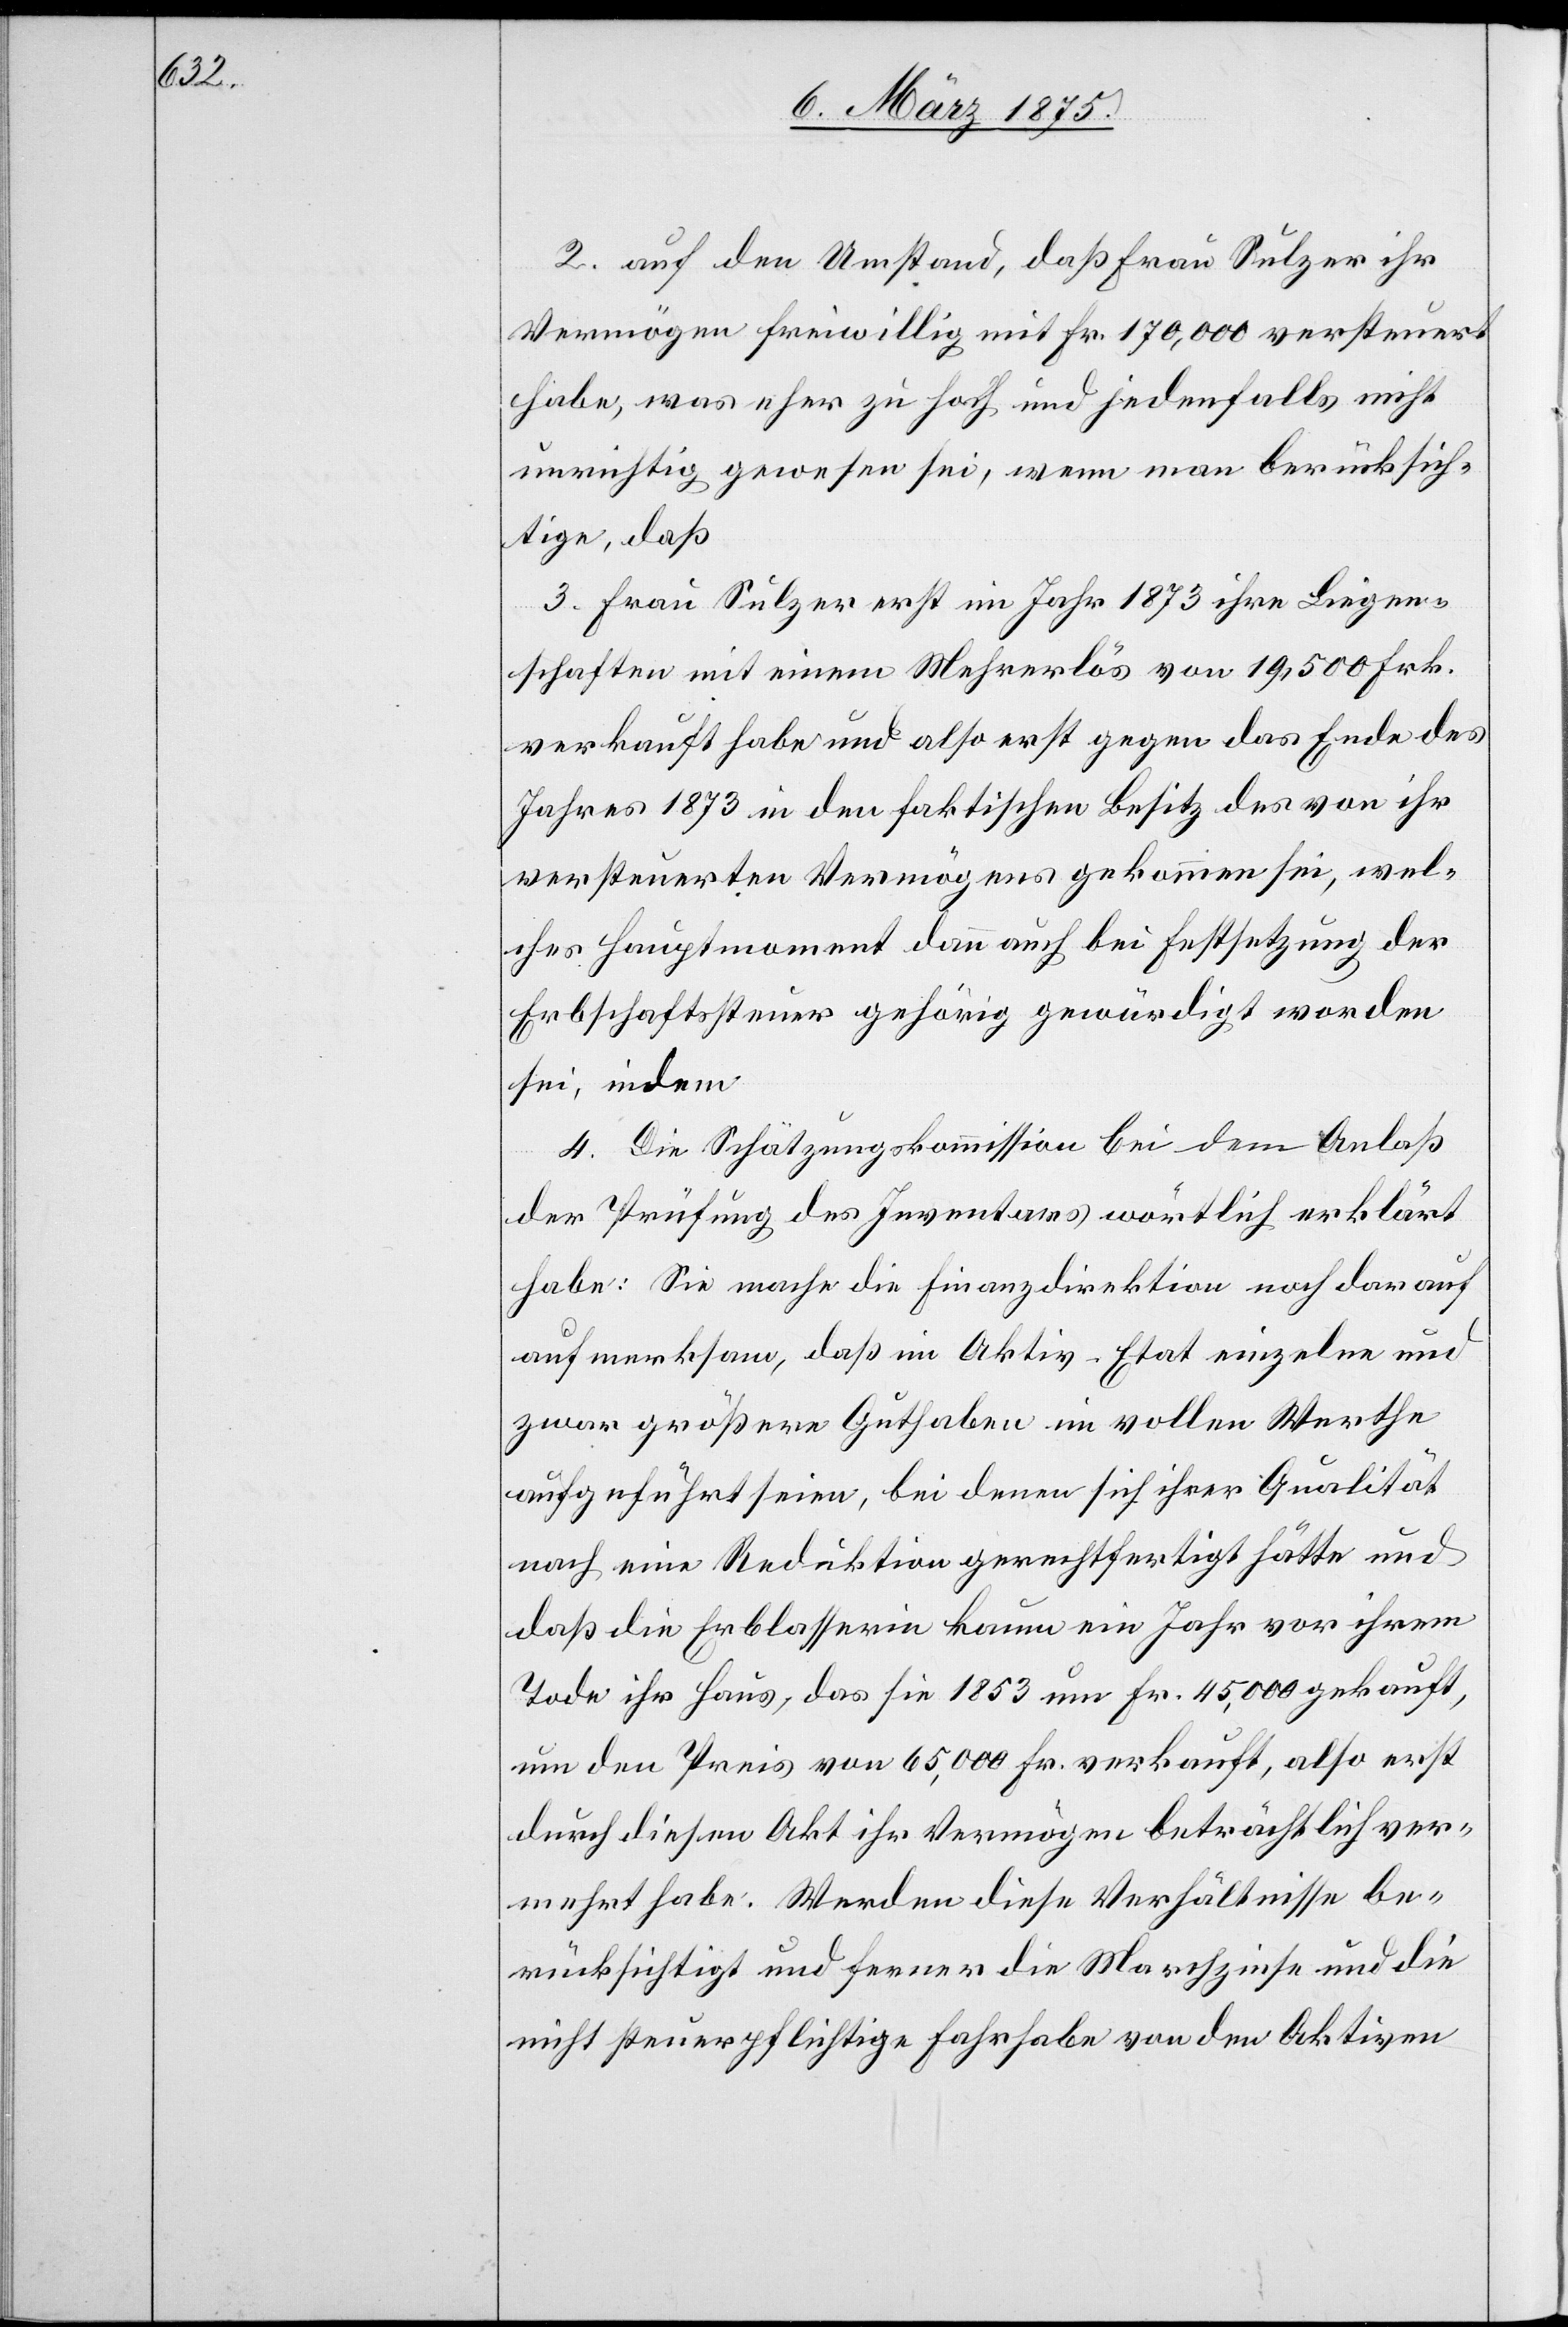
2. auf den Umstand, daß Frau Sulzer ihr
Vermögen freiwillig mit Fr. 170,000 versteuert
habe, was eher zu hoch und jedenfalls nicht
unrichtig gewesen sei, wenn man berücksich¬
tige, daß
3. Frau Sulzer erst im Jahr 1873 ihre Liegen¬
schaften mit einem Mehrerlös von 19,500 Frk.
verkauft habe und also erst gegen das Ende des
Jahres 1873 in den faktischen Besitz des von ihr
versteuerten Vermögens gekommen sei, wel¬
cher Hauptmoment dann auch bei Festsetzung der
Erbschaftssteuer gehörig gewürdigt worden
sei, indem
4. Die Schätzungskommission bei dem Anlaß
der Prüfung des Inventars wörtlich erklärt
habe: Sie mache die Finanzdirektion noch darauf
aufmerksam, daß im Aktiv-Etat einzelne und
zwar größere Guthaben im vollen Werthe
aufgeführt seien, bei denen sich ihrer Qualität
noch eine Reduktion gerechtfertigt hätte und
daß die Erblasserin kaum ein Jahr vor ihrem
Tode ihr Haus, das sie 1853 um Fr. 45,000 gekauft,
um den Preis von 65,000 Fr. verkauft, also erst
durch diesen Akt ihr Vermögen beträchtlich ver¬
mehrt habe. Werden diese Verhältnisse be¬
rücksichtigt und ferner die Marchzinse und die
nicht steuerpflichtige Fahrhabe von den Aktiven